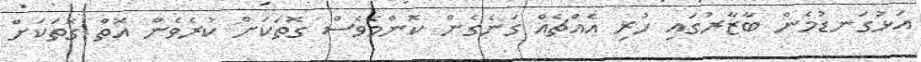
އަޅުގަނޑުމެން ބާޒާރުގައި ހުރި އެއްޗެއް ގަނެގެން ކޮންމެވެސް ގޮތަކަށް ކުރެވެން އޮތް ގޮތަކަށް